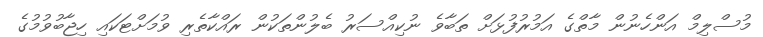
މުސްލިމް އަންހެނުން މާތްގެ އަމުރުފުޅަށް ތަބާވެ ނުކިއްސަރު ބެލުންތަކުން ރައްކާތެރި ވުމަށްޓަކައި ހިޖާބުވުމުގެ